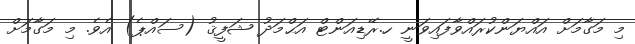
މި މަގާމަށް އައްޔަންކުރައްވާފައިވަނީ ހ.ރޭޑިއަންޓް އަޙްމަދު ޝަފީޤު (ސައްޕެ) އެވެ. މި މަގާމަށް